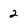
Character: 2